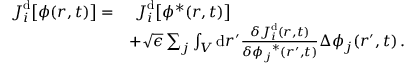
\begin{array} { r l } { \boldsymbol { J } _ { i } ^ { \mathrm { d } } \big [ { \phi } ( \boldsymbol { r } , t ) \big ] = } & { ~ \boldsymbol { J } _ { i } ^ { \mathrm { d } } \big [ { \phi } ^ { * } ( \boldsymbol { r } , t ) \big ] } \\ & { + \sqrt { \epsilon } \sum _ { j } \int _ { V } \mathrm { d } \boldsymbol { r } ^ { \prime } \frac { \delta \boldsymbol { J } _ { i } ^ { \mathrm { d } } ( \boldsymbol { r } , t ) } { \delta { \phi _ { j } } ^ { * } ( \boldsymbol { r } ^ { \prime } , t ) } { \Delta \phi _ { j } } ( \boldsymbol { r } ^ { \prime } , t ) \, . } \end{array}